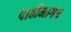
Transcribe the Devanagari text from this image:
पाठीमागेच